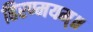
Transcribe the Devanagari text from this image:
हिरण्मयम्॥